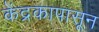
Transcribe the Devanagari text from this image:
केंद्रकापासून